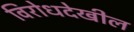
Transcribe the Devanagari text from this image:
विरोधदेखील